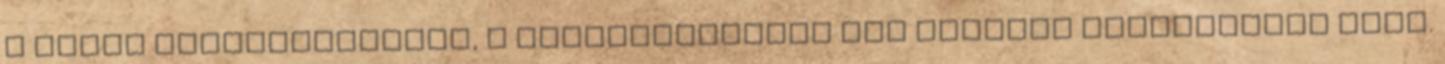
a város ipartörténetét, a kesztyûgyárról írt könyvem forrásmunka lett.